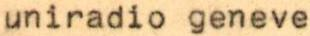
uniradio geneve